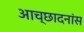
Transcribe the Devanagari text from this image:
आच्छादनांस